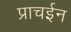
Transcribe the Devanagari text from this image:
प्राचईन